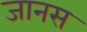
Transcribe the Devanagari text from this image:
जानस